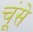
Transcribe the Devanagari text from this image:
चूंसे